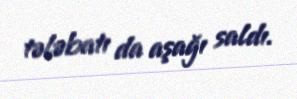
tələbatı da aşağı saldı.